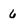
Character: 6